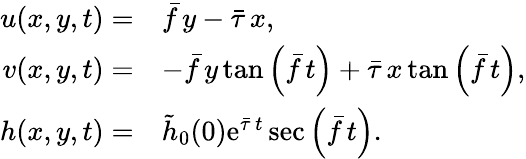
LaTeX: \begin{array}{rl}{u(x,y,t)=}&{\bar{f}\, y-\bar{\tau}\, x,}\\ {v(x,y,t)=}&{-\bar{f}\, y\, \mathrm{tan}\left(\bar{f}\, t\right)+\bar{\tau}\, x\, \mathrm{tan}\left(\bar{f}\, t\right),}\\ {h(x,y,t)=}&{\tilde{h}_{0}(0)\mathrm{e}^{\bar{\tau}\, t}\sec\left(\bar{f}\, t\right).}\end{array}